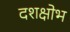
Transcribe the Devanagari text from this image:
दशक्षोभ